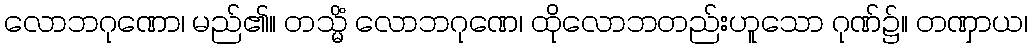
လောဘဂုဏော၊ မည်၏။ တသ္မိံ လောဘဂုဏေ၊ ထိုလောဘတည်းဟူသော ဂုဏ်၌။ တဏှာယ၊